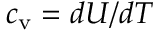
c _ { \mathrm { v } } = d U / d T